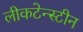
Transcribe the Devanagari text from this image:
लीकटेन्स्टीन